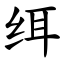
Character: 䌺